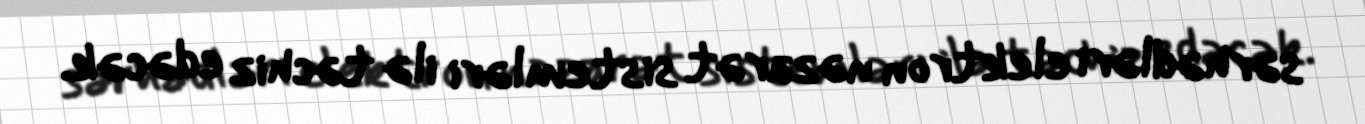
sərhədləri elektron nəzarət sistemləri ilə təchiz edəcək.